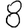
Digit: 8